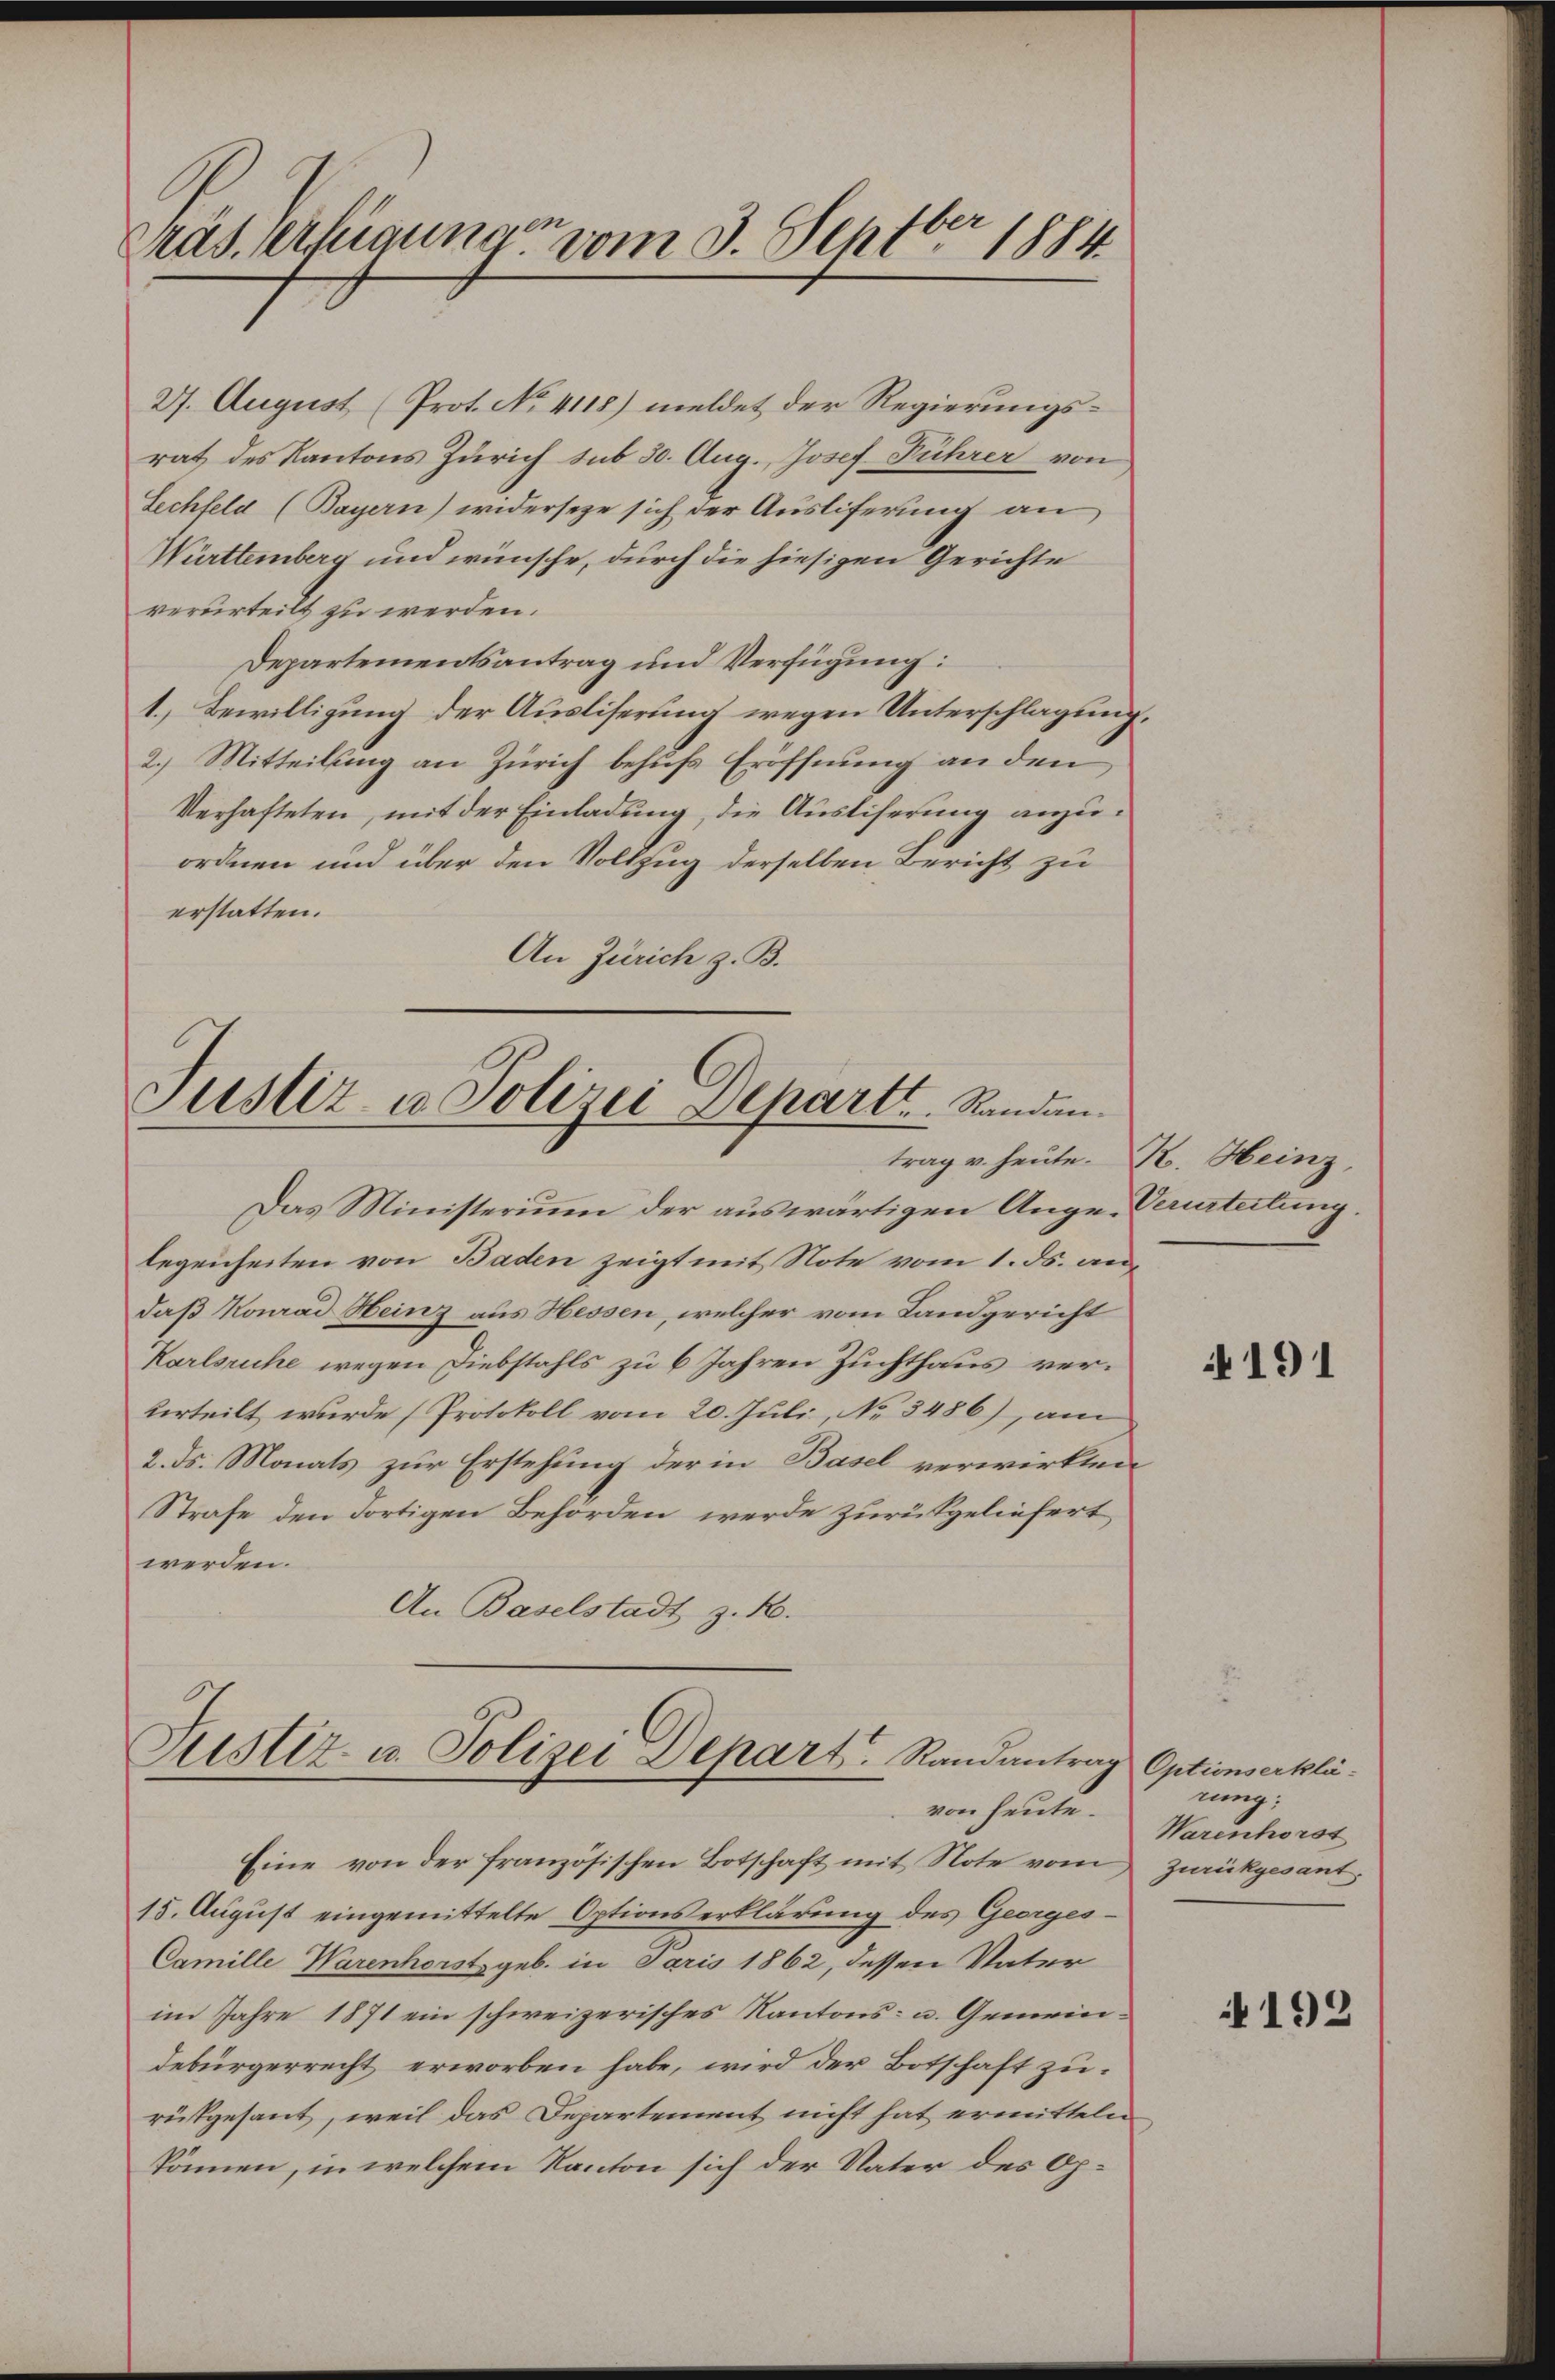
Präs. erkannen vom 3. Septbr. 1884

27. August (Prot. No 4118) meldet der Regierungsrat des Kantons Zürich sub 30. Aug., Josef Führer von
Lechfeld (Bayern) widerseze sich der Ausliferung an
Württemberg und wünsche, durch die hiesigen Gerichte
verurteilt zu werden.
Departementsantrag und Verfügung:
1.) Bewilligung der Ausliserung wegen Unterschlagung.
2.) Mitteilung an Zürich behufs Eröffnung an den
Verhafteten, mit der Einladung, die Auslieferung anzuordnen und über den Vollzug derselben Bericht zu
erstatten.
An Zürich z. B.

Justiz u. Polizei Departi.  .  Sanden.
trag v. heute. K. Heinz

Das Ministerium der auswärtigen Ange-Verurteilung.
legenheiten von Baden zeigt mit Note vom 1. ds. au
daß Konrad Heinz aus Hessen, welcher vom Landgericht
Karlsruhe wegen Diebstahls zu 6 Jahren Zuchthaus ververteilt wurde (Protokoll vom 20. Juli, No 3486), am
2. ds. Monats zur Erstehung der in Basel verwirkten
Strafe den dortigen Behörden werde zurückgeliefert
werden.
An Baselstadt z. R.

Justiz- u. Polizei Depart Randantrag
von heute.

Eine von der französischen Botschaft mit Note vom Zurückgesant,
15. August eingemittelte Optionserklärung des Georges¬
Camille Warenhorsts geb. in Paris 1862, dessen Vater
im Jahre 1871 ein schweizerisches Kantons- u. Gemeindebürgerrecht erworben habe, wird der Botschaft zurükgesant, weil das Departement nicht hat ermitteln
können, in welchem Kanton sich der Vater des Op.

2

191

Optionserklä-
rung:
Warenhorst

192